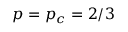
p = p _ { c } = 2 / 3